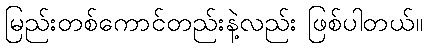
မြည်းတစ်ကောင်တည်းနဲ့လည်း ဖြစ်ပါတယ်။